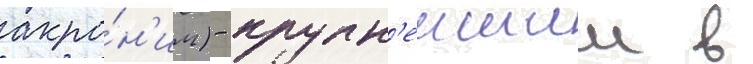
акро́н'им) - крупн'еишии в